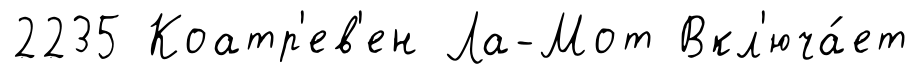
2235 Коатр'ев'ен Ла-Мот Вкл'юча́ет